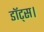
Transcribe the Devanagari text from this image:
डॉट्स।